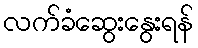
လက်ခံဆွေးနွေးရန်